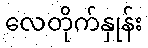
လေတိုက်နှုန်း